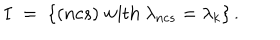
I \; = \; \left\{ ( n c s ) { \mathrm { ~ w i t h ~ } } \lambda _ { n c s } = \lambda _ { k } \right\} .